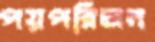
পয়পরিজন